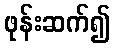
ဖုန်းဆက်၍